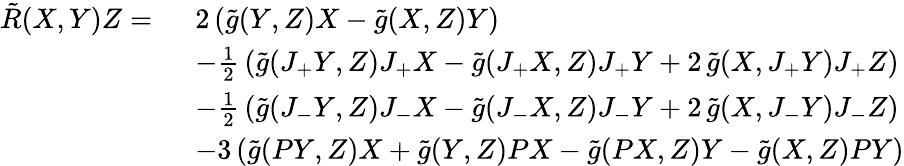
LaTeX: \begin{array}{rl}{\tilde{R}(X,Y)Z=\ }&{2\, (\tilde{g}(Y,Z)X-\tilde{g}(X,Z)Y)}\\ &{-\frac 12\, (\tilde{g}(J_{+}Y,Z)J_{+}X-\tilde{g}(J_{+}X,Z)J_{+}Y+2\, \tilde{g}(X,J_{+}Y)J_{+}Z)}\\ &{-\frac 12\, (\tilde{g}(J_{-}Y,Z)J_{-}X-\tilde{g}(J_{-}X,Z)J_{-}Y+2\, \tilde{g}(X,J_{-}Y)J_{-}Z)}\\ &{-3\, (\tilde{g}(PY,Z)X+\tilde{g}(Y,Z)PX-\tilde{g}(PX,Z)Y-\tilde{g}(X,Z)PY)}\end{array}